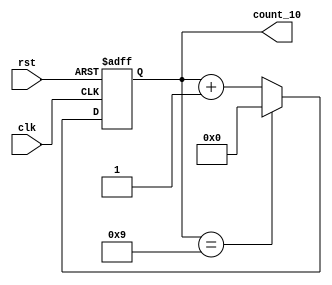
module counter_v1(
    input clk,
    input rst,
    output reg [3:0] count_10
);

always @ (posedge clk or negedge rst)
begin
    if (!rst)
    begin
        count_10 <= 0;
    end
    else if (count_10 == 9)
    begin
        count_10 <= 0;
    end
    else
        count_10 <= count_10 + 1;
end

endmodule